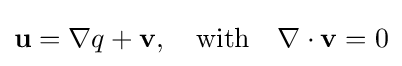
\mathbf {u} =\nabla q+\mathbf {v} ,\quad {\text{with}}\quad \nabla \cdot \mathbf {v} =0